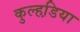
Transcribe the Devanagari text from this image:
कुल्हडि़या